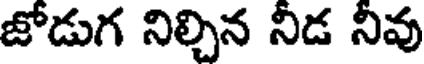
జోడుగ నిల్చిన నిడ నివు